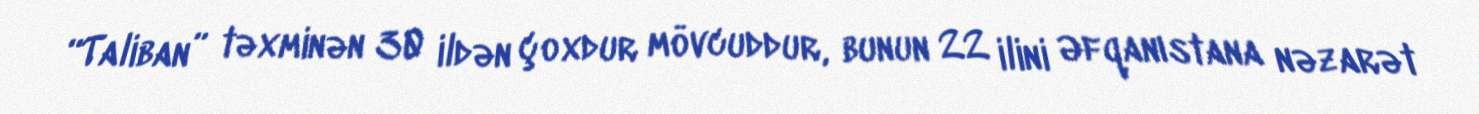
“Taliban” təxminən 30 ildən çoxdur mövcuddur, bunun 22 ilini Əfqanıstana nəzarət